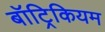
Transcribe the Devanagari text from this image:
बॉट्रिकियम